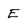
Character: E